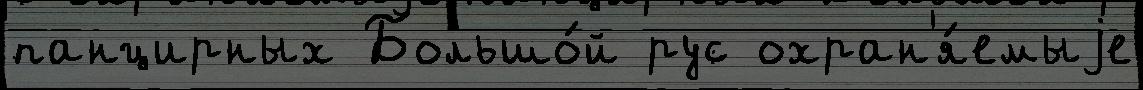
панцирных Большо́й рус охран'я́емыjе